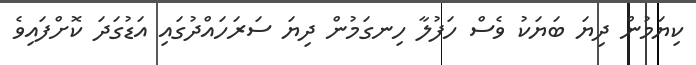
ކިޔަމުން ދިޔަ ބަޔަކު ވެސް ހަފުލާ ހިނގަމުން ދިޔަ ސަރަހައްދުގައި އަޑުގަދަ ކޮށްފައިވެ